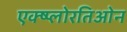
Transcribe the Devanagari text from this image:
एक्ष्प्लोरतिओन